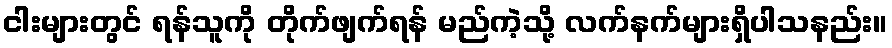
ငါးများတွင် ရန်သူကို တိုက်ဖျက်ရန် မည်ကဲ့သို့ လက်နက်များရှိပါသနည်း။